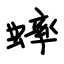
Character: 蟀